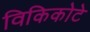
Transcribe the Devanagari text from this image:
विकिकोटे